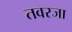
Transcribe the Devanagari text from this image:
तवरजा